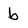
Character: b